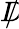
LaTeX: D\! \! \! \! /